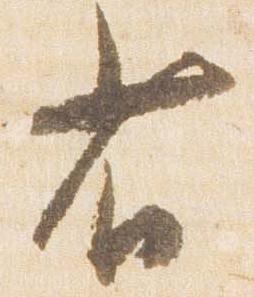
省